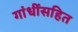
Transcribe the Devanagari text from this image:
गांधींसहित